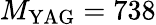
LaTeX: M_{\mathrm{YAG}}=738